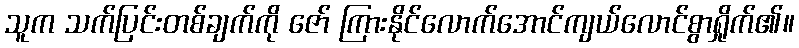
သူက သက်ပြင်းတစ်ချက်ကို ဇော် ကြားနိုင်လောက်အောင်ကျယ်လောင်စွာရှိုက်၏။